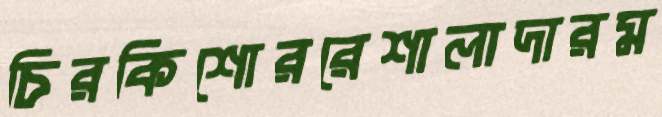
চিরকিশোররেশালাদারম